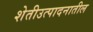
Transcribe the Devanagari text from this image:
शेतीउत्पादनातील